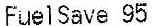
FUELSAVE 95